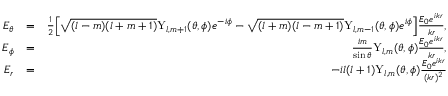
\begin{array} { r l r } { E _ { \theta } } & { = } & { \frac { 1 } { 2 } \Big [ \sqrt { ( l - m ) ( l + m + 1 ) } \mathrm { Y } _ { l , m + 1 } ( \theta , \phi ) e ^ { - i \phi } - \sqrt { ( l + m ) ( l - m + 1 ) } \mathrm { Y } _ { l , m - 1 } ( \theta , \phi ) e ^ { i \phi } \Big ] \frac { E _ { 0 } e ^ { i k r } } { k r } , } \\ { E _ { \phi } } & { = } & { \frac { i m } { \sin \theta } \mathrm { Y } _ { l , m } ( \theta , \phi ) \frac { E _ { 0 } e ^ { i k r } } { k r } , } \\ { E _ { r } } & { = } & { - i l ( l + 1 ) \mathrm { Y } _ { l , m } ( \theta , \phi ) \frac { E _ { 0 } e ^ { i k r } } { ( k r ) ^ { 2 } } } \end{array}